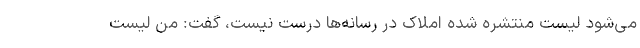
می‌شود لیست منتشره شده املاک در رسانه‌ها درست نیست، گفت: من لیست